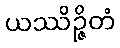
ယဿိဉ္ဇိတံ